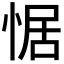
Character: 𭝟